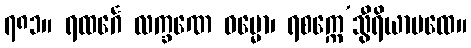
၇၈၁။ ရထင်္ဂေ လက္ခဏေ ဓမ္မော၊ ရစက္ကေ’သွီရိယာပထေ။